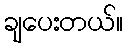
ချပေးတယ်။